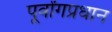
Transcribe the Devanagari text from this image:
पूर्वांगप्रधान